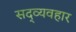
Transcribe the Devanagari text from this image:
सद्‍व्यवहार